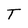
Character: T